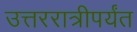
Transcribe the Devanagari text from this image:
उत्तररात्रीपर्यंत